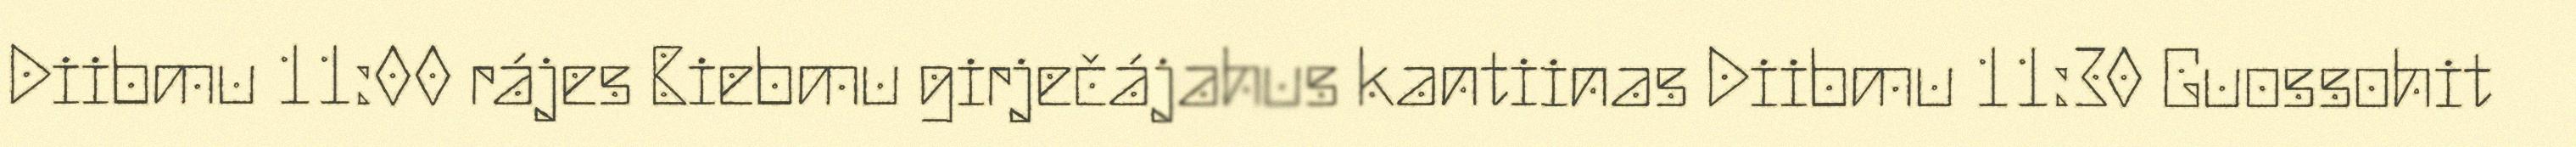
Diibmu 11:00 rájes Biebmu girječájahus kantiinas Diibmu 11:30 Guossohit